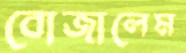
বোজালেম